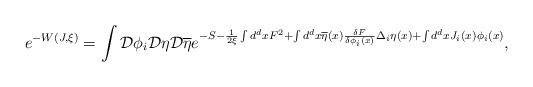
LaTeX: \begin{align*}e^{-W(J,\xi )}=\int {\cal D}\phi _i{\cal D}\eta {\cal D}\overline{\eta }e^{-S-\frac 1{2\xi }\int d^dxF^2+\int d^dx\overline{\eta }(x)\frac{\delta F}{\delta \phi _i(x)}\Delta _i\eta (x)+\int d^dxJ_i(x)\phi _i(x)},\end{align*}